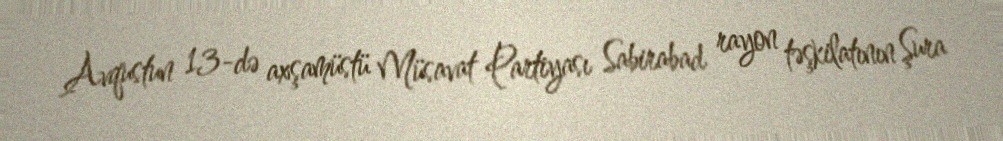
Avqustun 13-də axşamüstü Müsavat Partiyası Sabirabad rayon təşkilatının Şura